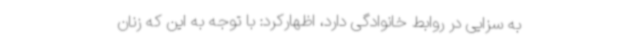
به سزایی در روابط خانوادگی دارد، اظهارکرد: با توجه به این که زنان